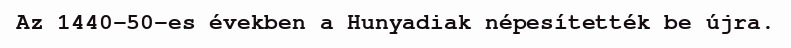
Az 1440-50-es években a Hunyadiak népesítették be újra.